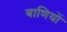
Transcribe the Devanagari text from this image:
बाणियों